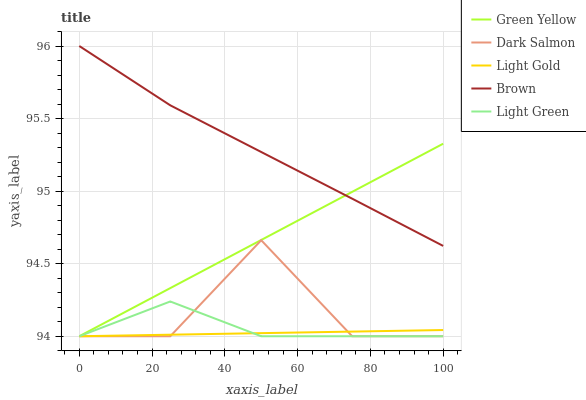
| xaxis_label | Green Yellow | Dark Salmon | Light Gold | Brown | Light Green |
 | --- | --- | --- | --- | --- | --- |
 | 0 | 94 | 94 | 94 | 96 | 94 |
 | 25 | 94.3 | 94 | 94 | 95.6 | 94.2 |
 | 50 | 94.7 | 94.7 | 94 | 95.3 | 94 |
 | 75 | 95 | 94 | 94 | 94.9 | 94 |
 | 100 | 95.3 | 94 | 94 | 94.6 | 94 |